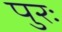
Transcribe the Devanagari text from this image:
पुरः